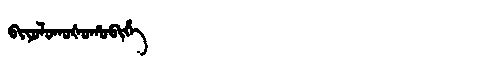
Manchu: ᠪᡳᠶᠣᠯᠣᡴᠣᡧᠣᡥᠣᠪᡳᡥᡝ
Romanization: BIYOLOKOŠOHOBIHE